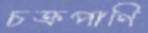
চক্রপাণি